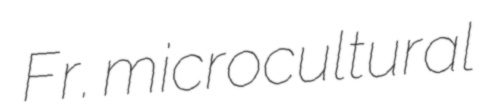
Fr. microcultural